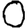
Digit: 0